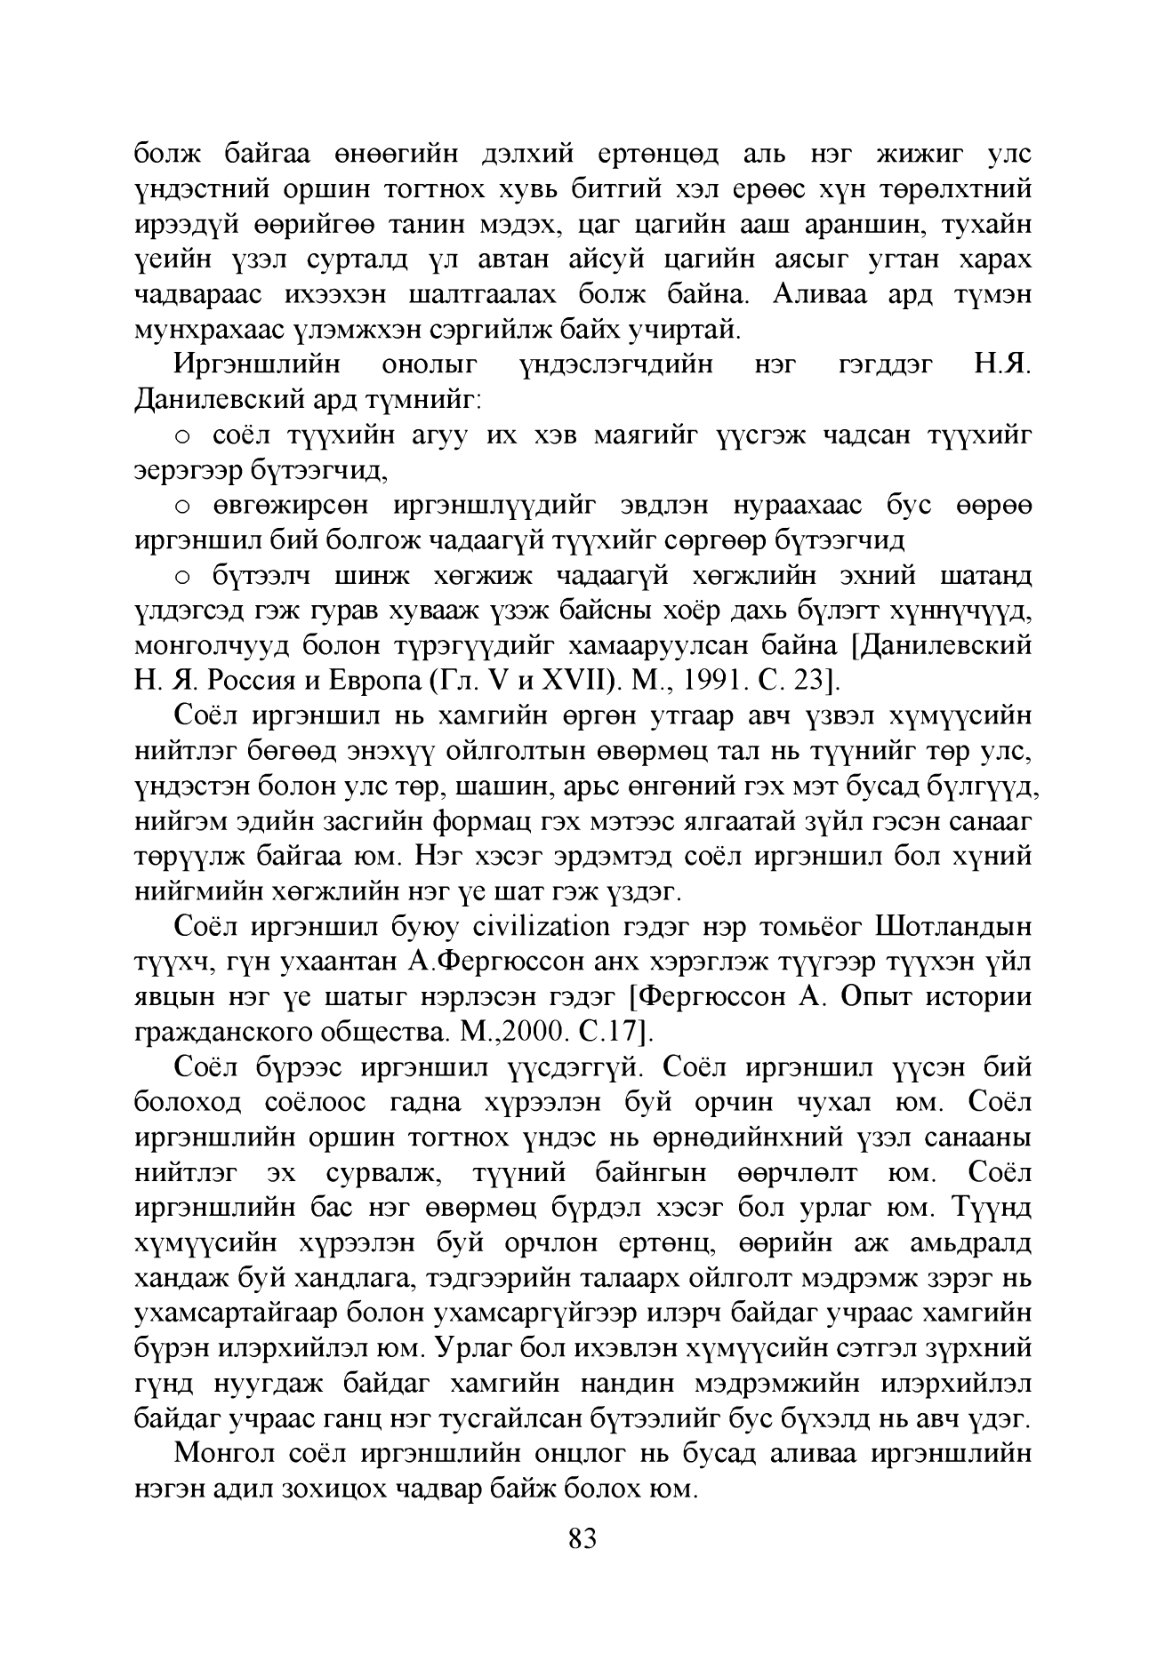
Language: mn